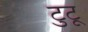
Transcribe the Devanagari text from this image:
टुटू